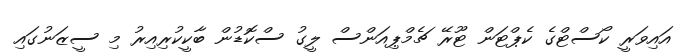
އައިވަރީ ކޯސްޓްގެ ކެޕްޓަން ޓޫރޭ ޗެމްޕިއަންސް ލީގު ސްކޮޑުން ބާކީކުރިއިރު މި ސީޒަނުގައި